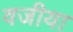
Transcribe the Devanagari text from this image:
वजीया